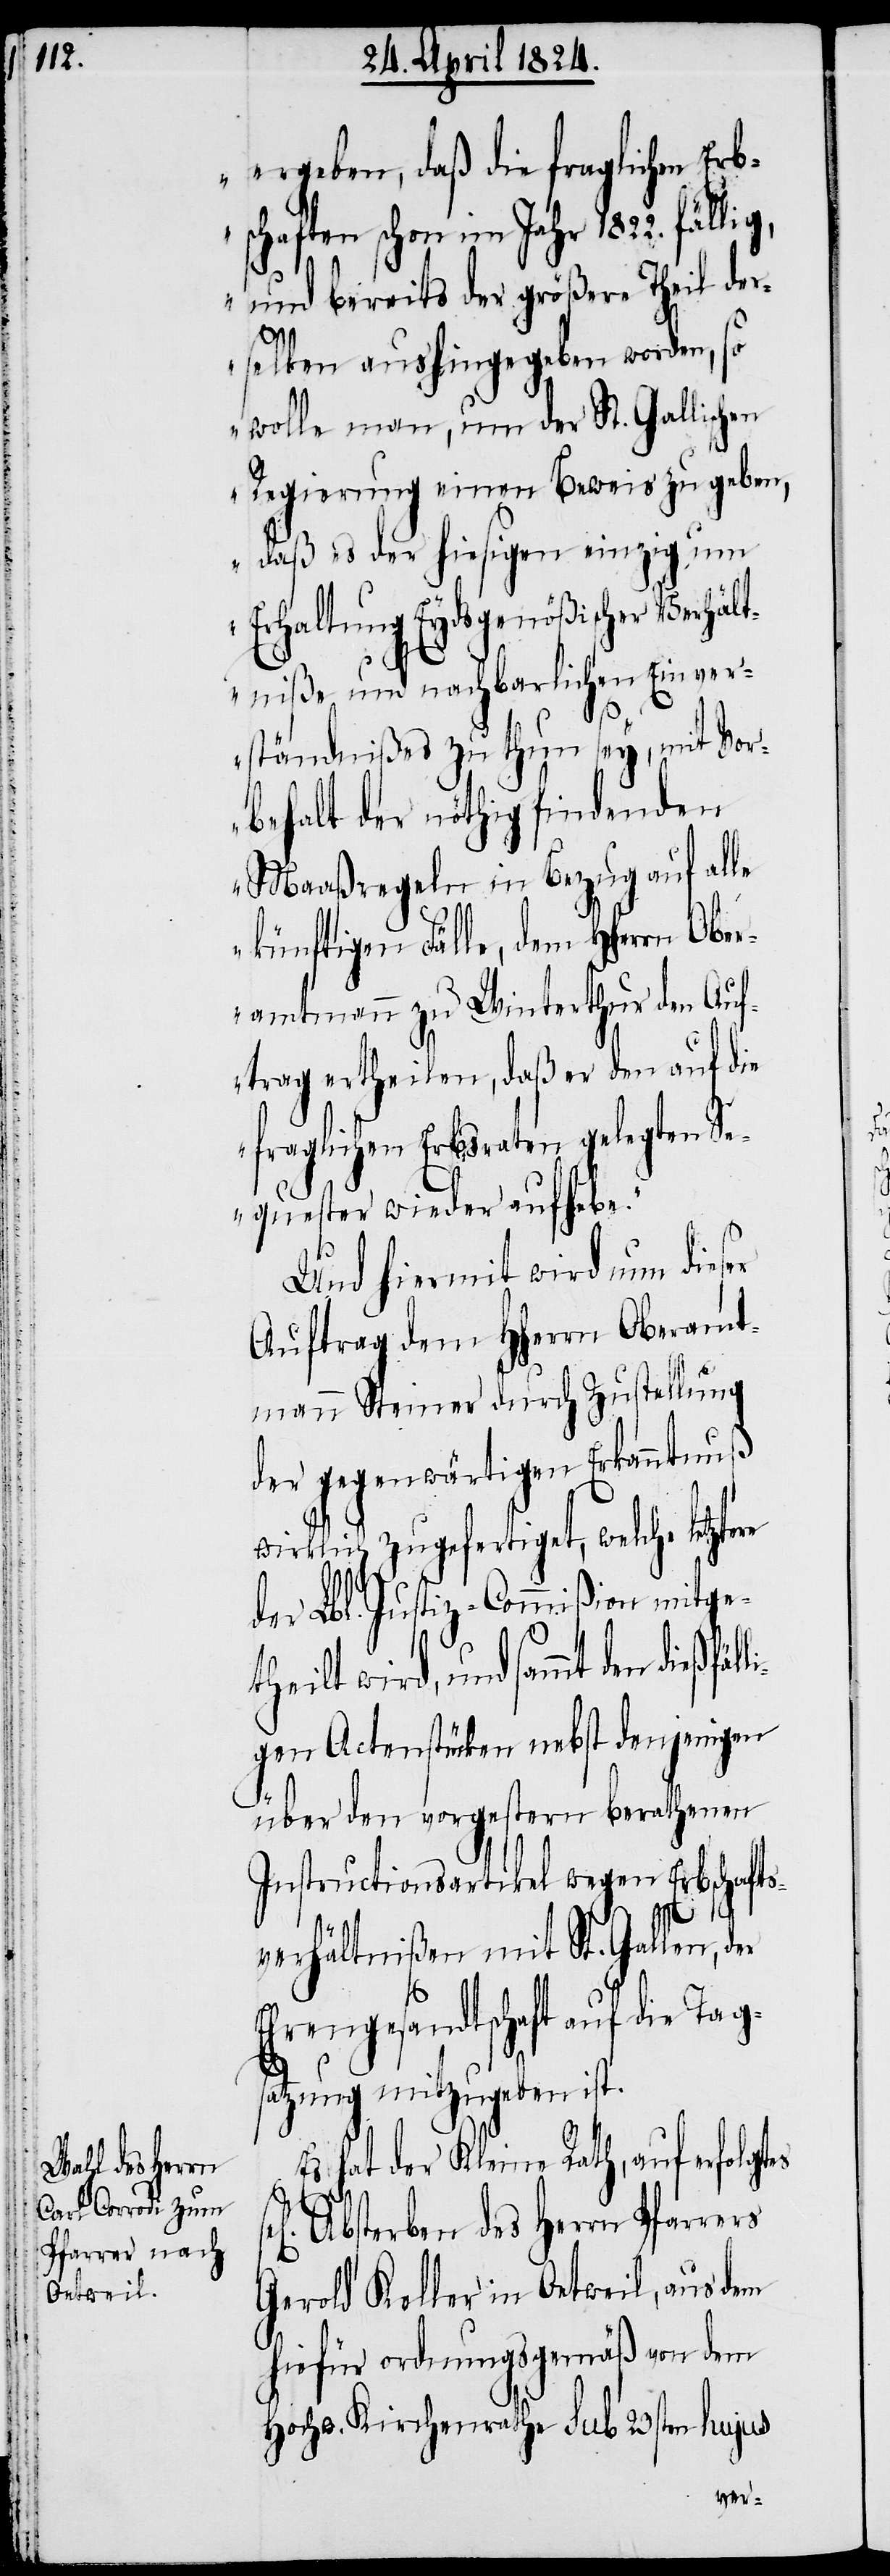
ergeben, daß die fraglichen Er¬
bschaften schon im Jahr 1822. fälli¬
g, und bereits der größere Theil der¬
selben aushingegeben worden, so
wolle man, um der St. Gallischen
Regierung einen Beweis zu geben,
daß es der hiesigen einzig um
Erhaltung Eydsgenößischer Verhält¬
niße und nachbarlichen Einver¬
ständnißes zu thun sey, mit Vor¬
behalt der nöthig findenden
Maaßregeln in Bezug auf alle
künftigen Fälle, dem HHerrn Ober¬
amtmann zu Winterthur den Auf¬
trag ertheilen, daß er den auf die
fraglichen Erbsraten gelegten Se¬
quester wieder aufhebe.
Und hiermit wird nun dieser
Auftrag dem HHerrn Oberamt¬
mann Steiner durch Zustellung
der gegenwärtigen Erkanntnuß
wirklich zugefertiget, welche letztere
der Lbl. Justiz-Commißion mitge¬
theilt wird, und sammt den dießfä¬
igen Actenstücken nebst denjenigen
über den vorgestern berathenen
Instructionsartikel wegen Erbschafts¬
es
verhältnißen mit St. Gallen,
Ehrengesandtschaft auf die Tag¬
atzung mitzugeben ist.
Es hat der Kleine Rath, auf erfolgt¬
Absterben des Herrn Pfarrers
Gerold Keller in Oetweil, aus dem
hiefür ordnungsgemäß von dem
Hochw. Kirchenrathe sub 23sten hujus